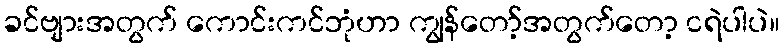
ခင်ဗျားအတွက် ကောင်းကင်ဘုံဟာ ကျွန်တော့်အတွက်တော့ ငရဲပါပဲ။